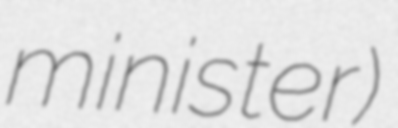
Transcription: minister)